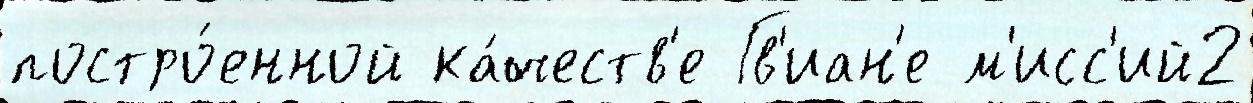
постро́енной ка́честв'е Гв'иан'е м'исс'ий2